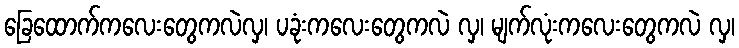
ခြေထောက်ကလေးတွေကလဲလှ၊ ပခုံးကလေးတွေကလဲ လှ၊ မျက်လုံးကလေးတွေကလဲ လှ၊